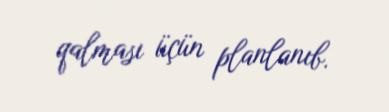
qalması üçün planlanıb.